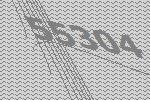
55304